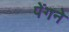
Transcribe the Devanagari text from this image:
पेंगने